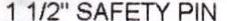
1 1/2"SAFETY PIN